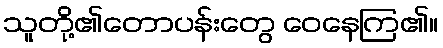
သူတို့၏တောပန်းတွေ ဝေနေကြ၏။